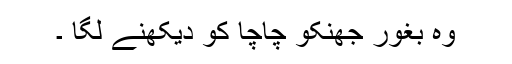
وہ بغور جھنکو چاچا کو دیکھنے لگا ۔